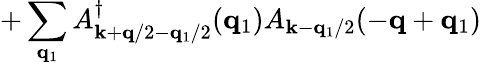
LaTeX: +\sum_{{\mathbf{q}}_{1}}A_{{\mathbf{k}}+{\mathbf{q}}/2-{\mathbf{q}}_{1}/2}^{\dagger}({\mathbf{q}}_{1})A_{{\mathbf{k}}-{\mathbf{q}}_{1}/2}(-{\mathbf{q}}+{\mathbf{q}}_{1})